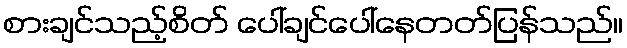
စားချင်သည့်စိတ် ပေါ်ချင်ပေါ်နေတတ်ပြန်သည်။